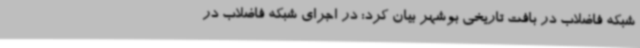
شبکه فاضلاب در بافت تاریخی بوشهر بیان کرد: در اجرای شبکه فاضلاب در